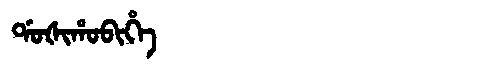
Manchu: ᡩᠣᡧᡳᡥᠣᠪᡳᡥᡝ
Romanization: DOŠIHOBIHE